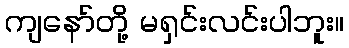
ကျနော်တို့ မရှင်းလင်းပါဘူး။